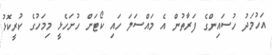
އަހުމަދު ހުސައިންގެ ފަރާތުން އެ މައްސަލަ ހައި ކޯޓަށް ހުށަހެޅީ މިމަހުގެ ކުރީކޮޅު